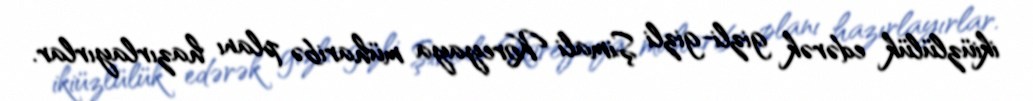
ikiüzlülük edərək gizli-gizli Şimali Koreyaya müharibə planı hazırlayırlar.